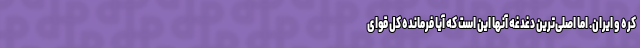
کره و ایران. اما اصلی‌ترین دغدغه آنها این است که آیا فرمانده کل قوای